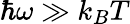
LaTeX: \hbar\omega\gg k_{B}T